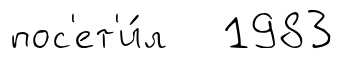
пос'ет'и́л 1983